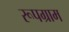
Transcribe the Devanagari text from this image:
रूपग्राम